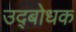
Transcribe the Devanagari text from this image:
उद्‍बोधक